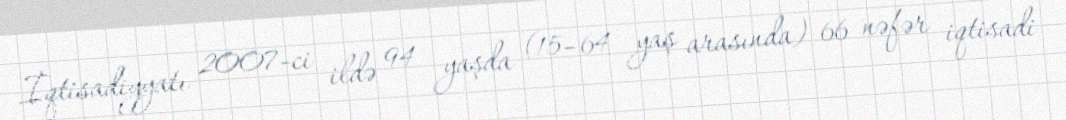
İqtisadiyyatı 2007-ci ildə 94 yaşda (15–64 yaş arasında) 66 nəfər iqtisadi